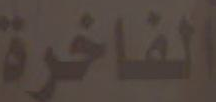
الفاخرة